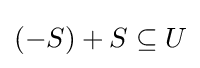
(-S)+S\subseteq U